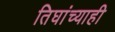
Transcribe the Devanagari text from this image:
तिघांच्याही